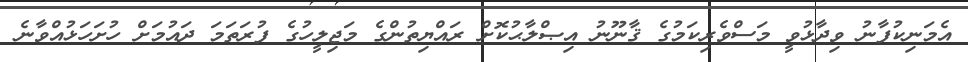
އެމަނިކުފާނު ވިދާޅުވީ މަސްވެރިކަމުގެ ޤާނޫނު އިޞްލާޙުކޮށް ރައްޔިތުންގެ މަޖިލީހުގެ ފުރަތަމަ ދައުމަށް ހުށަހަޅުއްވާނެ